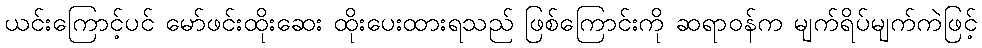
ယင်းကြောင့်ပင် မော်ဖင်းထိုးဆေး ထိုးပေးထားရသည် ဖြစ်ကြောင်းကို ဆရာဝန်က မျက်ရိပ်မျက်ကဲဖြင့်